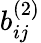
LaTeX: b_{ij}^{(2)}